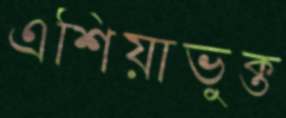
এশিয়াভুক্ত